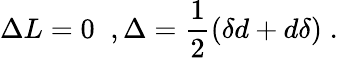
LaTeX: \Delta L=0\; \; ,\Delta=\frac{1}{2}(\delta d+d\delta)\; .